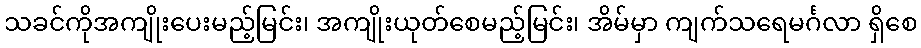
သခင်ကိုအကျိုးပေးမည့်မြင်း၊ အကျိုးယုတ်စေမည့်မြင်း၊ အိမ်မှာ ကျက်သရေမင်္ဂလာ ရှိစေ